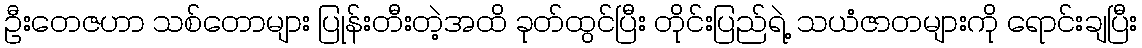
ဦးတေဇဟာ သစ်တောများ ပြုန်းတီးတဲ့အထိ ခုတ်ထွင်ပြီး တိုင်းပြည်ရဲ့ သယံဇာတများကို ရောင်းချပြီး